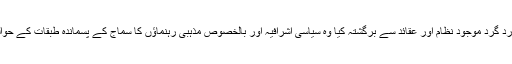
پہلی بات جس نے انہیں اپنے ارد گرد موجود نظام اور عقائد سے برگشتہ کیا وہ سیاسی اشرافیہ اور بالخصوص مذہبی رہنماؤں کا سماج کے پسماندہ طبقات کے حوالہ سے بے نیازی کا رویہ تھا۔